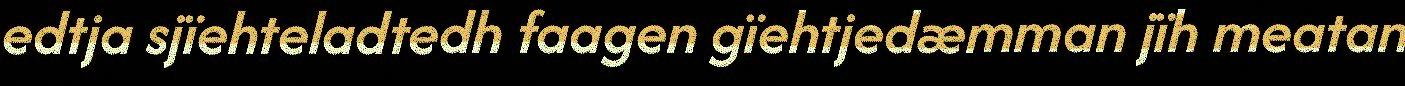
edtja sjïehteladtedh faagen gïehtjedæmman jïh meatan